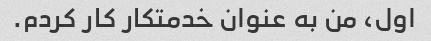
اول، من به عنوان خدمتکار کار کردم.